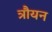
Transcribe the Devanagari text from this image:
त्रौयन